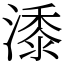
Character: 潻